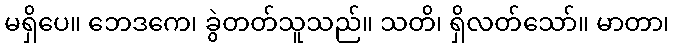
မရှိပေ။ ဘေဒကေ၊ ခွဲတတ်သူသည်။ သတိ၊ ရှိလတ်သော်။ မာတာ၊